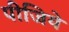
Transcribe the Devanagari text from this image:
पीजिये